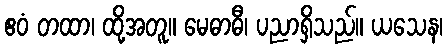
ဧဝံ တထာ၊ ထို့အတူ။ မေဓာဓီ၊ ပညာရှိသည်။ ယသေန၊